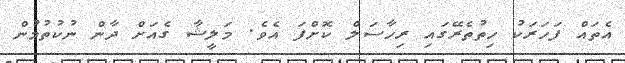
އެތައް ފަހަރަކު ހިތުތެރޭގައި ރިހާސަލް ކޮށްފަ އެވެ. މަލީޝާ ގެއަށް ދާން ނުކުތުމުން